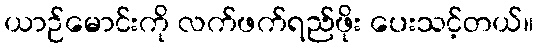
ယာဉ်မောင်းကို လက်ဖက်ရည်ဖိုး ပေးသင့်တယ်။